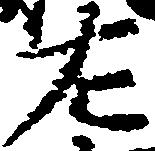
左